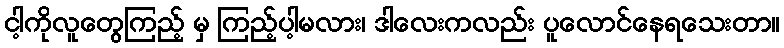
ငါ့ကိုလူတွေကြည့် မှ ကြည့်ပါ့မလား၊ ဒါလေးကလည်း ပူလောင်နေရသေးတာ။